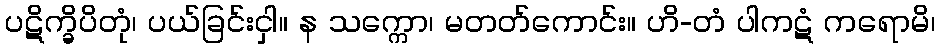
ပဋိက္ခိပိတုံ၊ ပယ်ခြင်းငှါ။ န သက္ကော၊ မတတ်ကောင်း။ ဟိ-တံ ပါကဋံ ကရောမိ၊